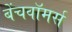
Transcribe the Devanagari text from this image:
बेंचवॉमर्स